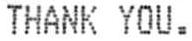
THANK YOU.